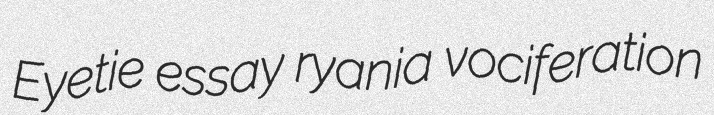
Eyetie essay ryania vociferation